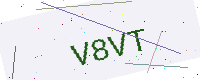
Text: V8VT